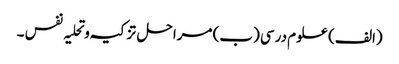
(الف) علوم درسی (ب) مراحل تز کیہ وتحلیہ نفس ۔